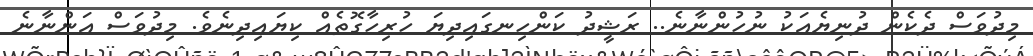
މިދުވަސް ދެކެން ދުނިޔެއަކު ނުހުންނާނެ.. ރަޝީދު ކަންހިނގައިދިޔަ ހުރިހާގޮތެއް ކިޔައިދިނެވެ. މިދުވަސް އަންނާނެ